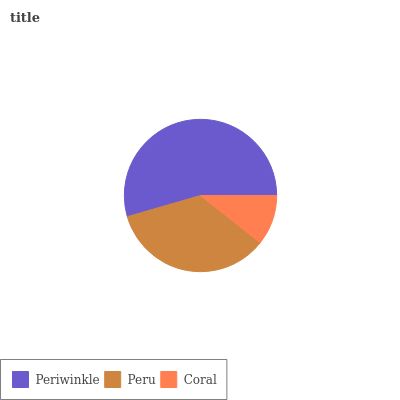
| Periwinkle | Peru | Coral |
 | --- | --- | --- |
 | 54.5% | 34.9% | 10.7% |